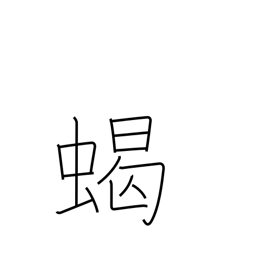
Meaning: scorpion